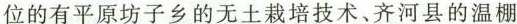
位的有平原坊子乡的无土栽培技术、齐河县的温棚